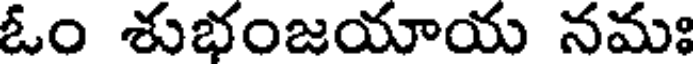
ఓం శుభంజయాయ నమః